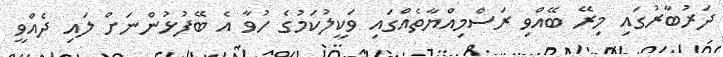
ދަރުބާރުގައި މިރޭ ބޭއްވި ރަސްމިއްޔާތެއްގައި ވަކީލުކަމުގެ ހުވާ އެ ބޭޭފުޅުންނަށް ލައި ދެއްވީ